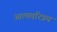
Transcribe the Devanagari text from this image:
आत्मचरित्रच